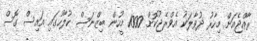
ރާއްޖެއަށް މިހާރު ދުވާލަކު އެވްރެޖުކޮށް 1000 މީހުން ބިޒްނަސް ކުލާހުގައި އައިސް ގޮސް